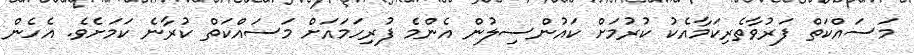
މަސައްކަތް ފަރުވާތެރިކަމާއެކު ކުރުމަށް ކައުންސިލުން އެންމެ ފުރިހަމައަށް މަސައްކަތް ކުރާނެ ކަމަށެވެ. އެހެން